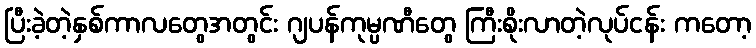
ပြီးခဲ့တဲ့နှစ်ကာလတွေအတွင်း ဂျပန်ကုမ္ပဏီတွေ ကြီးစိုးလာတဲ့လုပ်ငန်း ကတော့